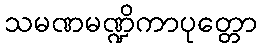
သမဏမဏ္ဍိကာပုတ္တော